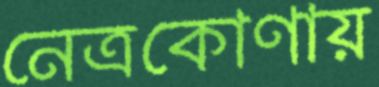
নেত্রকোণায়